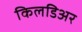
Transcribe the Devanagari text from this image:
किलडिअर